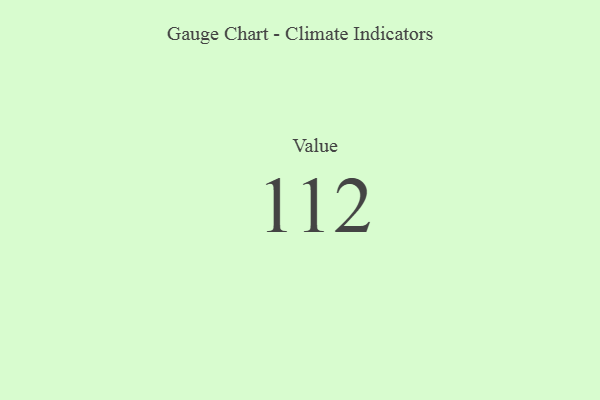
{"axis": {"x": "Metric", "y": "Value"}, "legend": [""], "data": [{"x": "Value", "y": 112, "type": ""}]}